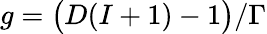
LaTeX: g=\big(D(I+1)-1\big)/\Gamma